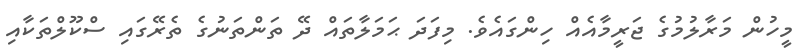
މީހުން މަރާލުމުގެ ޖަރީމާއެއް ހިންގައެވެ. މިފަދަ ޙަމަލާތައް ދޭ ތަންތަނުގެ ތެރޭގައި ސްކޫލްތަކާއި